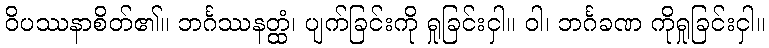
ဝိပဿနာစိတ်၏။ ဘင်္ဂဿနတ္ထံ၊ ပျက်ခြင်းကို ရှုခြင်းငှါ။ ဝါ၊ ဘင်္ဂခဏ ကိုရှုခြင်းငှါ။